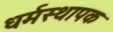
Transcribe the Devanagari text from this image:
धर्मस्थापक